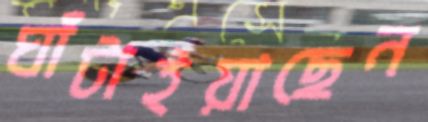
ঘাঁটাইয়াছেন